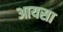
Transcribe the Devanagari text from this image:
आयसा